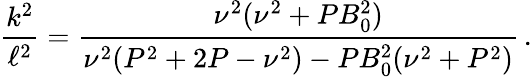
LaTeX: \frac{k^{2}}{\ell^{2}}=\frac{\nu^{2}(\nu^{2}+PB_{0}^{2})}{\nu^{2}(P^{2}+2P-\nu^{2})-PB_{0}^{2}(\nu^{2}+P^{2})}\, .